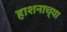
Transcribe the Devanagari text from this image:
हाशनाच्या